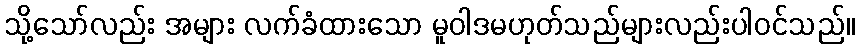
သို့သော်လည်း အများ လက်ခံထားသော မူဝါဒမဟုတ်သည်များလည်းပါဝင်သည်။